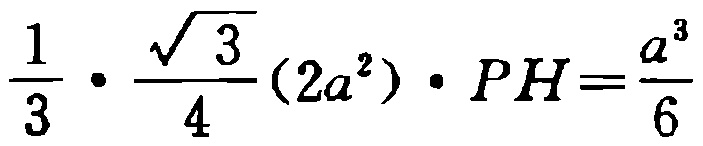
$\frac{1}{3} \cdot \frac{\sqrt{3}}{4}(2a^{2}) \cdot PH=\frac{a^{3}}{6}$